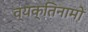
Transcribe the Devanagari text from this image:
व्यक्‍तिनामों